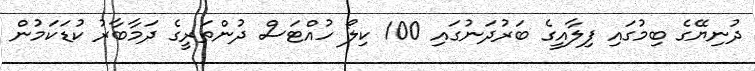
ދުނިޔޭގެ ބިމުގައި ފިލާއީގެ ބަރުދަނުގައި 100 ކިލޯ ހުއްޓަސް ދުންތަރީގެ ދަމާބާރު ކުޑަކަމުން